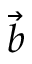
\Vec { b }